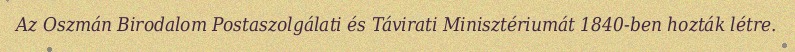
Az Oszmán Birodalom Postaszolgálati és Távirati Minisztériumát 1840-ben hozták létre.